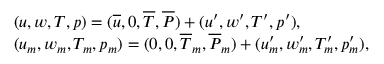
\begin{array} { r l } & { ( u , w , T , p ) = ( \overline { { u } } , 0 , \overline { { T } } , \overline { { P } } ) + ( u ^ { \prime } , w ^ { \prime } , T ^ { \prime } , p ^ { \prime } ) , } \\ & { ( u _ { m } , w _ { m } , T _ { m } , p _ { m } ) = ( 0 , 0 , \overline { { T } } _ { m } , \overline { { P } } _ { m } ) + ( u _ { m } ^ { \prime } , w _ { m } ^ { \prime } , T _ { m } ^ { \prime } , p _ { m } ^ { \prime } ) , } \end{array}